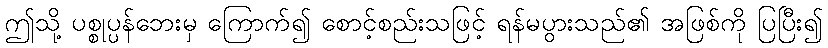
ဤသို့ ပစ္စုပ္ပန်ဘေးမှ ကြောက်၍ စောင့်စည်းသဖြင့် ရန်မပွားသည်၏ အဖြစ်ကို ပြပြီး၍